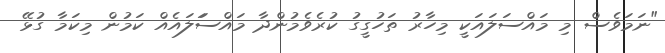
"ނަމަވެސް މި މައްސަލައަކީ މިހާރު ތަހުގީގު ކުރެވެމުންދާ މައްސަަލައެއް ކަމުން މިކަމާ ގުޅޭ